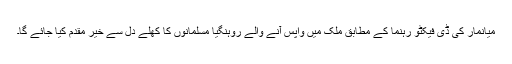
میانمار کی ڈی فیکٹو رہنما کے مطابق ملک میں واپس آنے والے روہنگیا مسلمانوں کا کھلے دل سے خیر مقدم کیا جائے گا۔